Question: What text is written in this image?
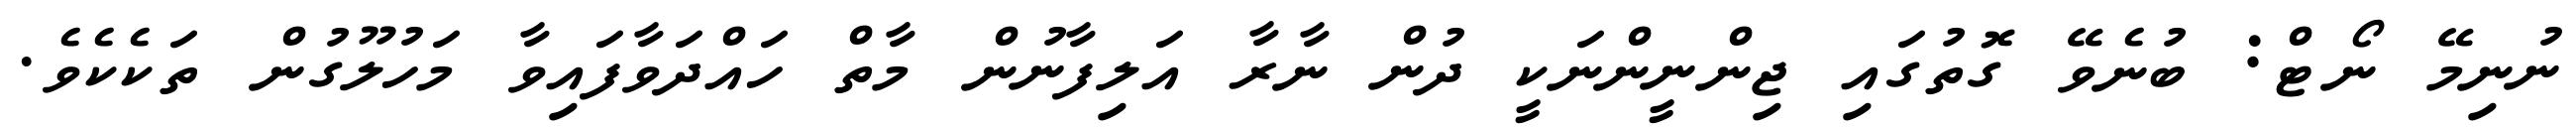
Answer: ނުނިމޭ ނޯޓް: ބުނެވޭ ގޮތުގައި ޖިންނީންނަކީ ދުން ނާރާ އަލިފާނުން މާތް ހައްދަވާފައިވާ މަހުލޫގުން ތަކެކެވެ.